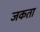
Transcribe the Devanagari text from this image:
जकता